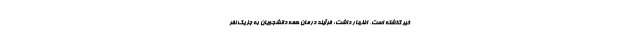
خیر گذشته است، اظهار داشت: فرآیند درمان همه دانشجویان به جز یک نفر